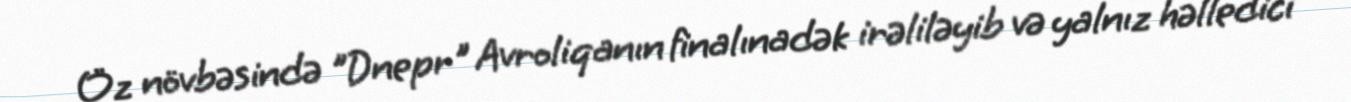
Öz növbəsində "Dnepr" Avroliqanın finalınadək irəliləyib və yalnız həlledici